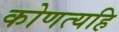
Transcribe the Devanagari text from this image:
कोणत्यहि